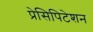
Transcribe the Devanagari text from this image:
प्रेसिपिटेशन